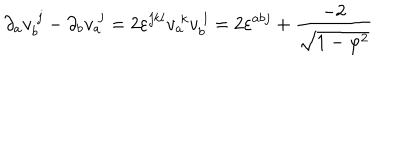
\partial _ { a } v _ { b } ^ { \; j } - \partial _ { b } v _ { a } ^ { \; j } = 2 \varepsilon ^ { j k l } v _ { a } ^ { \; k } v _ { b } ^ { \; l } = 2 \varepsilon ^ { a b j } + \frac { - 2 } { \sqrt { 1 - \varphi ^ { 2 } } }